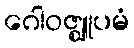
ဂေါဝဇ္ဈူပမံ